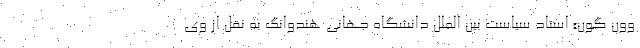
وون گون» استاد سیاست بین الملل دانشگاه جهانی هندوانگ به نقل از وی